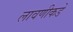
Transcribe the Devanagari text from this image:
लावणीकडे